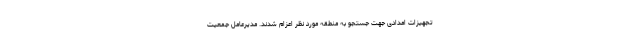
تجهیزات امدادی جهت جستجو به منطقه مورد نظر اعزام شدند. مدیرعامل جمعیت